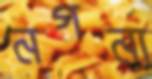
নগন্য